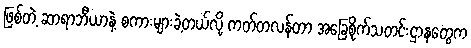
ဖြစ်တဲ့ ဆာရာဘီယာနဲ့ စကားများခဲ့တယ်လို့ ကတ်တလန်တာ အခြေစိုက်သတင်းဌာနတွေက